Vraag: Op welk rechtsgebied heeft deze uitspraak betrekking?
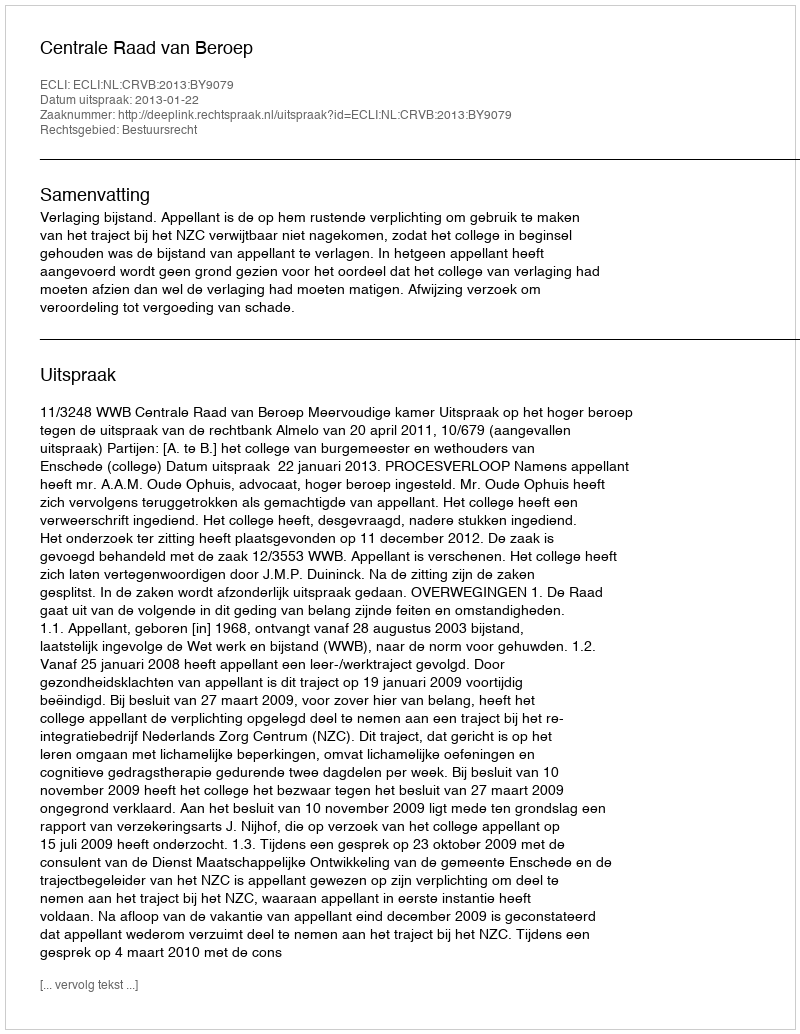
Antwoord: Bestuursrecht